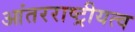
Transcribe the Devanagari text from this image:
आंतरराष्ट्रीयत्व